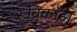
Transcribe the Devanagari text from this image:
रूब्रिकॉडा